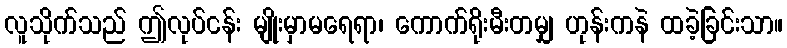
လူသိုက်သည် ဤလုပ်ငန်း မျိုးမှာမရေရာ၊ ကောက်ရိုးမီးတမျှ ဟုန်းကနဲ ထခဲ့ခြင်းသာ။